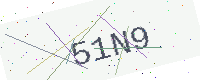
Text: 51N9